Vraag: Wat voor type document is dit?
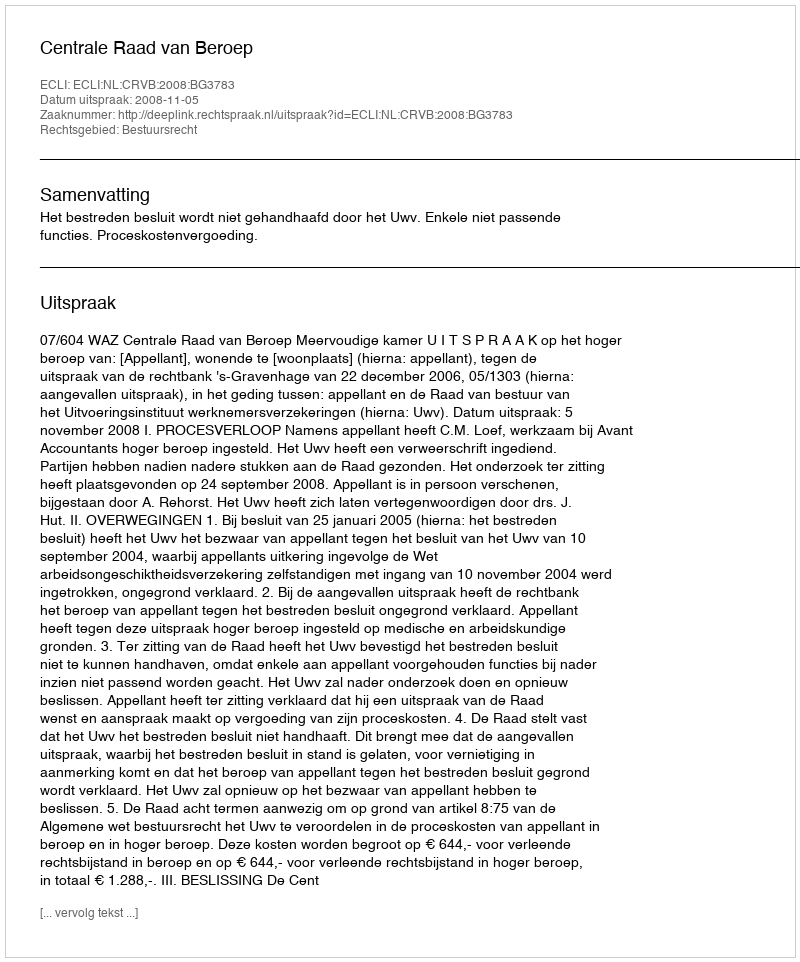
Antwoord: Uitspraak